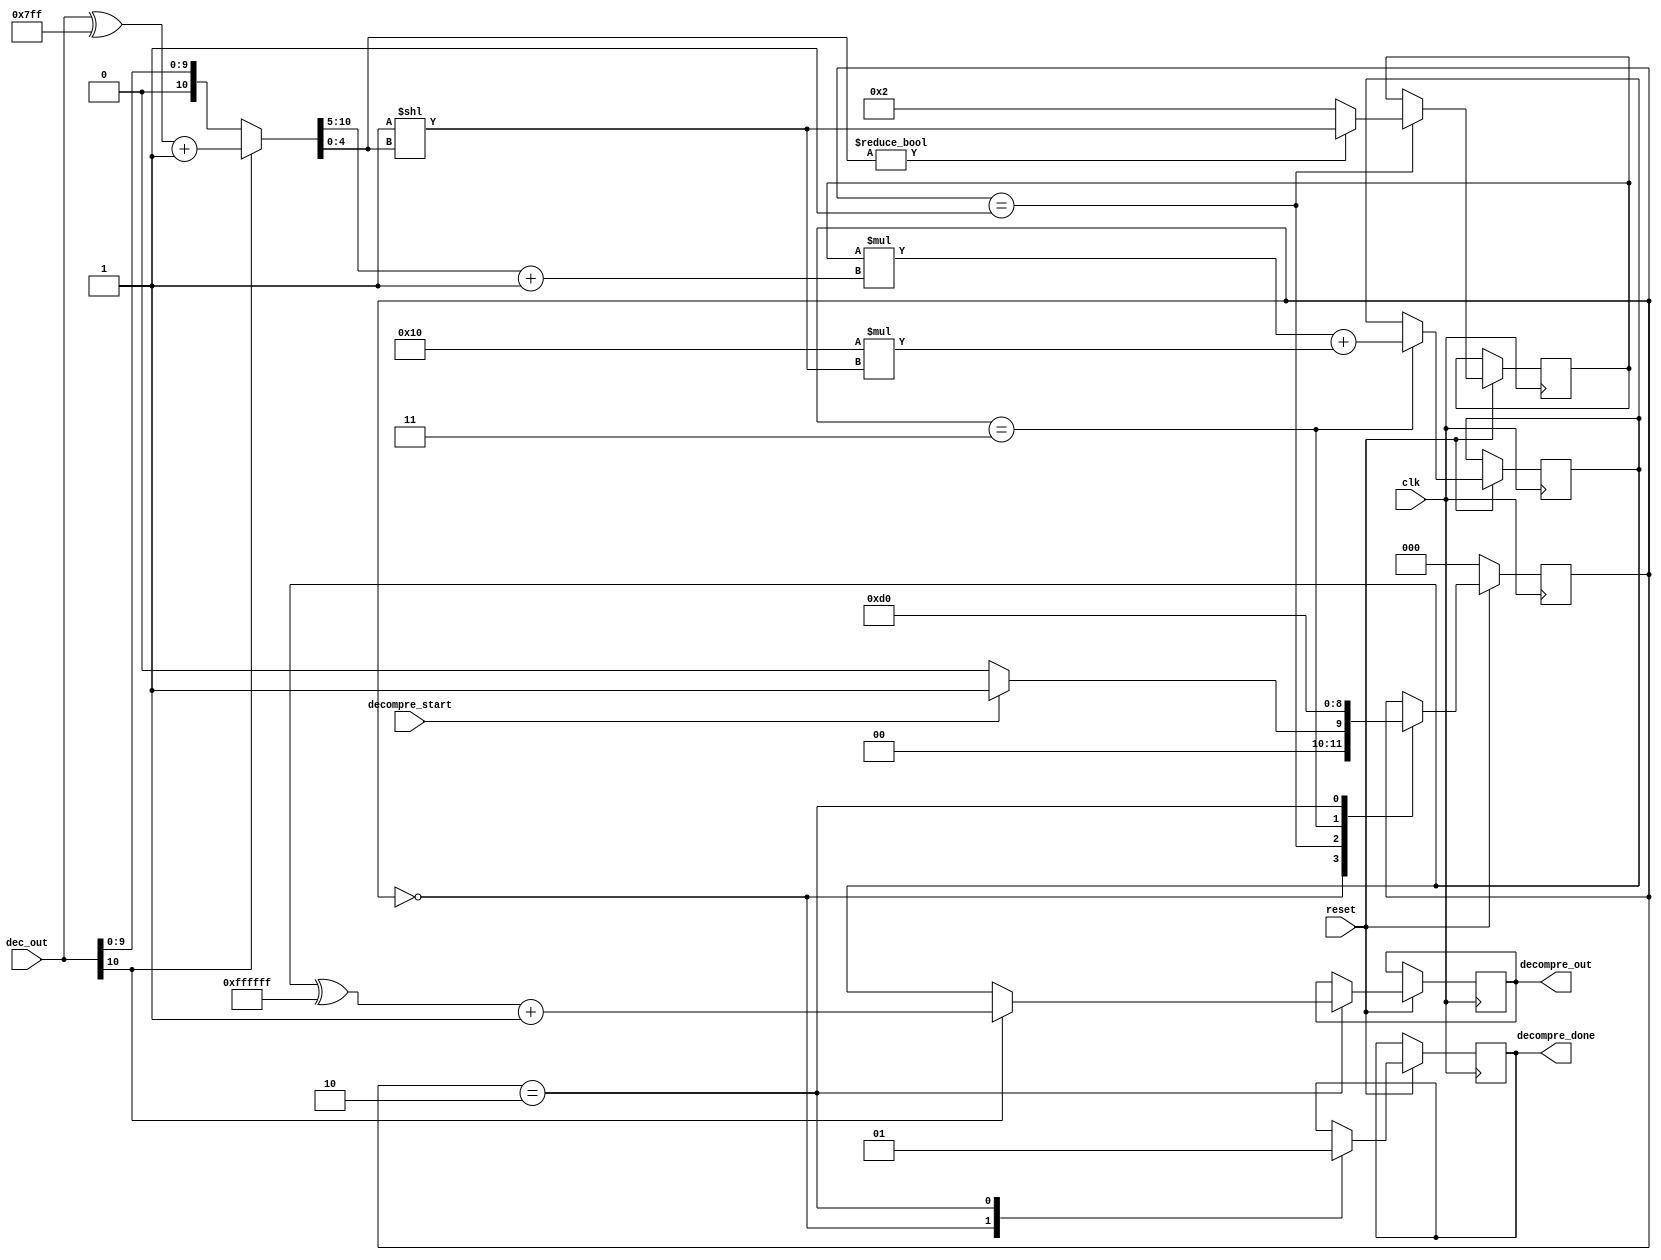
module decompression (input [10:0] dec_out, input reset,
			output reg [23:0] decompre_out,
			input clk, 
			input decompre_start,
			output reg decompre_done);

wire [10:0] compressed1;
//wire [15:0] real_data;
wire sign;	
reg [23:0] b;	
reg [23:0] e, middle;		
reg [2:0] state;

parameter init = 3'b000;
parameter expanding = 3'b001;
parameter operation2 = 3'b011;
parameter done = 3'b010;		
		
//assign real_data = {dec_out,{4{1'b0}}};				
//check negative
assign compressed1 = (dec_out[10]==1'b0)? dec_out: ((dec_out^11'b111_1111_1111)+1'd1);
//Assigns the same if positive, converts number from 2'complement if negative

//Assign variable for sign
assign sign= (dec_out[10]==1'b0)? 1'b1: 1'b0;
//Assign 1 if positive, 0 if negative	

always @(posedge clk) begin 
	if(!reset) state = init;
	else begin
	case(state)

	init: begin
		decompre_done = 0;
		if(decompre_start) begin
			state = expanding;
			end
		else state = init;
	  end
	expanding: begin

//check bottom 7 bits
		if (compressed1[4:0]!=5'b0)begin
			 b = 24'd2**(compressed1[4:0]);
			 state = operation2;
			end
		else begin 
			b= 24'd2;
			state = operation2;
			end
		end
	operation2: begin		
			middle = (24'd16*24'd2**(compressed1[4:0]));
//check top 8 bits
			e= ((b*(compressed1[10:5] + 24'd1))+ middle);	
			state = done;
		    end

	done: begin 
//Convert if negative (2s complement) 
		 decompre_out = (sign== 1'b1)? (e): (((e)^24'b111111111111111111111111)+1'b1); 
//Assign write 1 to incidate via handshake protocal that the expander is expanding	 
		 decompre_done = 1;
	 	 state = init;
		end
	endcase
	end
  end

endmodule